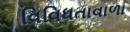
વિવિધતાવાળા